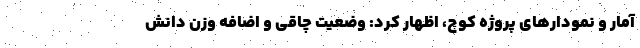
آمار و نمودارهای پروژه کوچ، اظهار کرد: وضعیت چاقی و اضافه وزن دانش